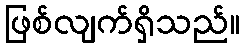
ဖြစ်လျက်ရှိသည်။